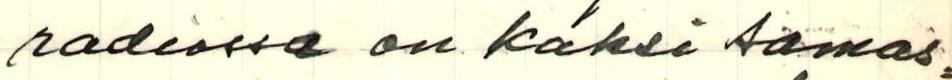
radiossa on kaksi samas=